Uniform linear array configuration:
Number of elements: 16
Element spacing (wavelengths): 0.75
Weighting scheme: hann
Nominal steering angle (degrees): -60
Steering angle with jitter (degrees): -59.896
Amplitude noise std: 0.05
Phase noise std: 0.05

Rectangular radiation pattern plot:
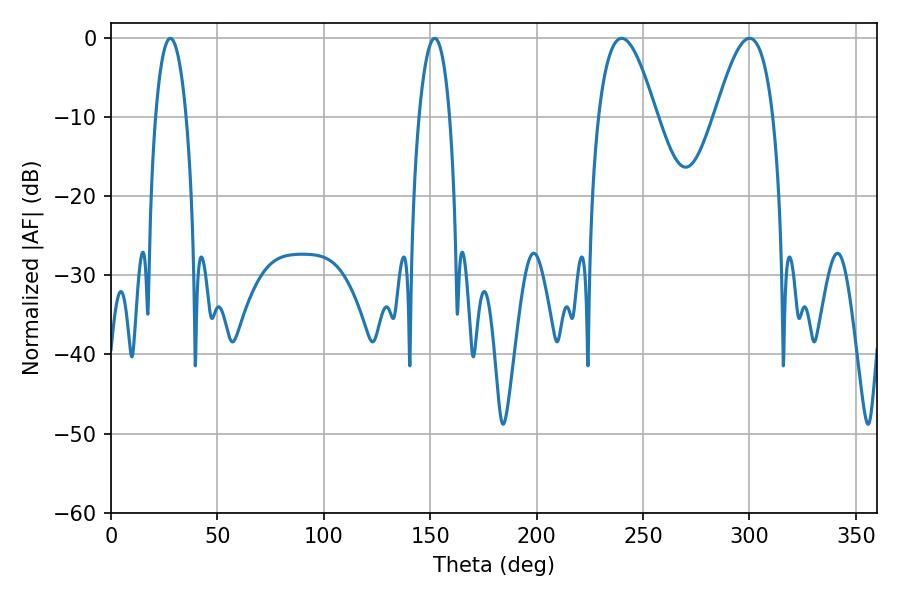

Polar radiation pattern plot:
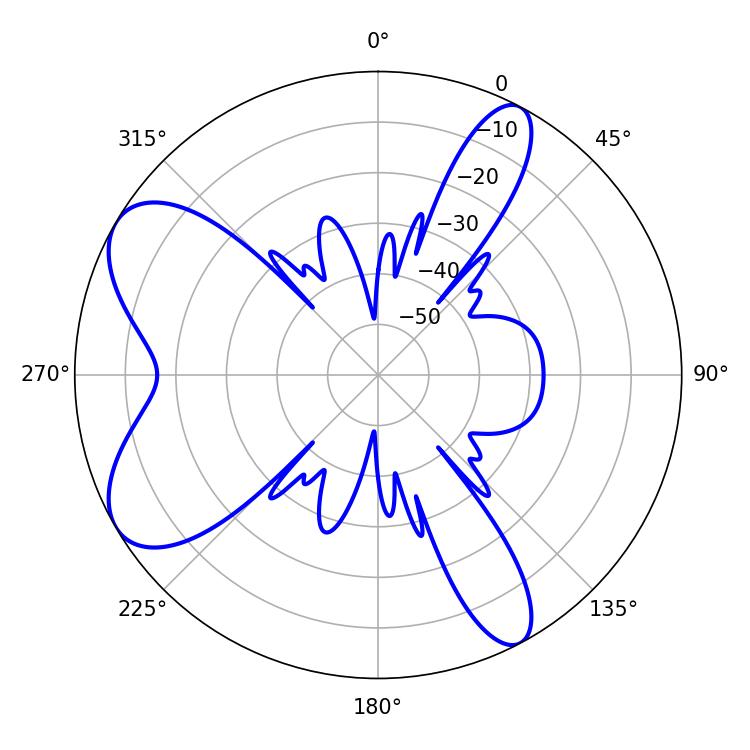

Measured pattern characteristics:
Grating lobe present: TRUE
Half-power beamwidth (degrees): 14.76
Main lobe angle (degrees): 239.94